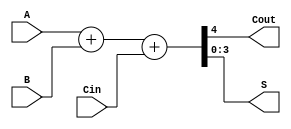
`timescale 1ns / 1ps
//////////////////////////////////////////////////////////////////////////////////
// Company: 
// Engineer: 
// 
// Design Name: 
// Module Name: fourbit_verification
// Project Name: 
// Target Devices: 
// Tool Versions: 
// Description: 
// 
// Dependencies: 
// 
// Revision:
// Revision 0.01 - File Created
// Additional Comments:
// 
//////////////////////////////////////////////////////////////////////////////////


module fourbit_verification(Cout, S, A, B, Cin);

input [3:0] A, B;
input Cin;
output Cout;
output [3:0] S;

assign {Cout, S} = A + B + Cin;
endmodule